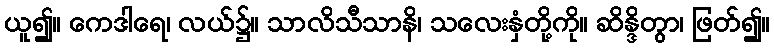
ယူ၍။ ကေဒါရေ၊ လယ်၌။ သာလိသီသာနိ၊ သလေးနှံတို့ကို။ ဆိန္ဒိတွာ၊ ဖြတ်၍။